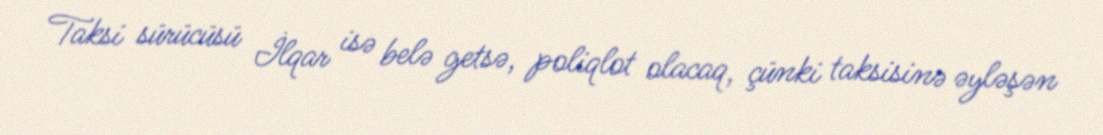
Taksi sürücüsü İlqar isə belə getsə, poliqlot olacaq, çünki taksisinə əyləşən